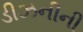
ડીઝનીની